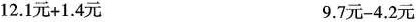
12.1元+1.4元 9.7元-4.2元